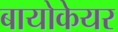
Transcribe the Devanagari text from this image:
बायोकेयर